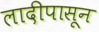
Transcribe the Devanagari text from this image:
लादीपासून